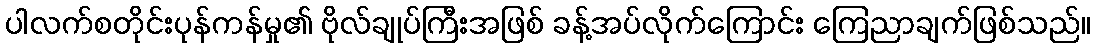
ပါလက်စတိုင်းပုန်ကန်မှု၏ ဗိုလ်ချုပ်ကြီးအဖြစ် ခန့်အပ်လိုက်ကြောင်း ကြေညာချက်ဖြစ်သည်။